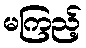
မကြည့်